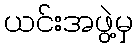
ယင်းအဖွဲ့မှ